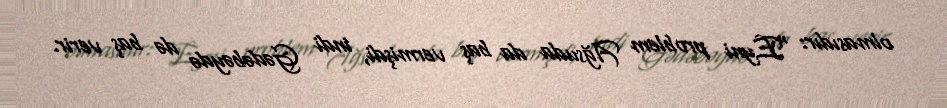
olmasıdır: “Eyni problem Ağsuda da baş vermişdi, indi Gədəbəydə də baş verir.